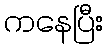
ကနေပြီး